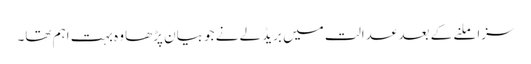
سزا ملنے کے بعد عدالت میں بریڈلے نے جو بیان پڑھا وہ بہت اہم تھا۔